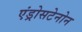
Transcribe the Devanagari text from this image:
एंड्रोसटेनोन